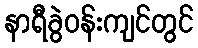
နာရီခွဲဝန်းကျင်တွင်